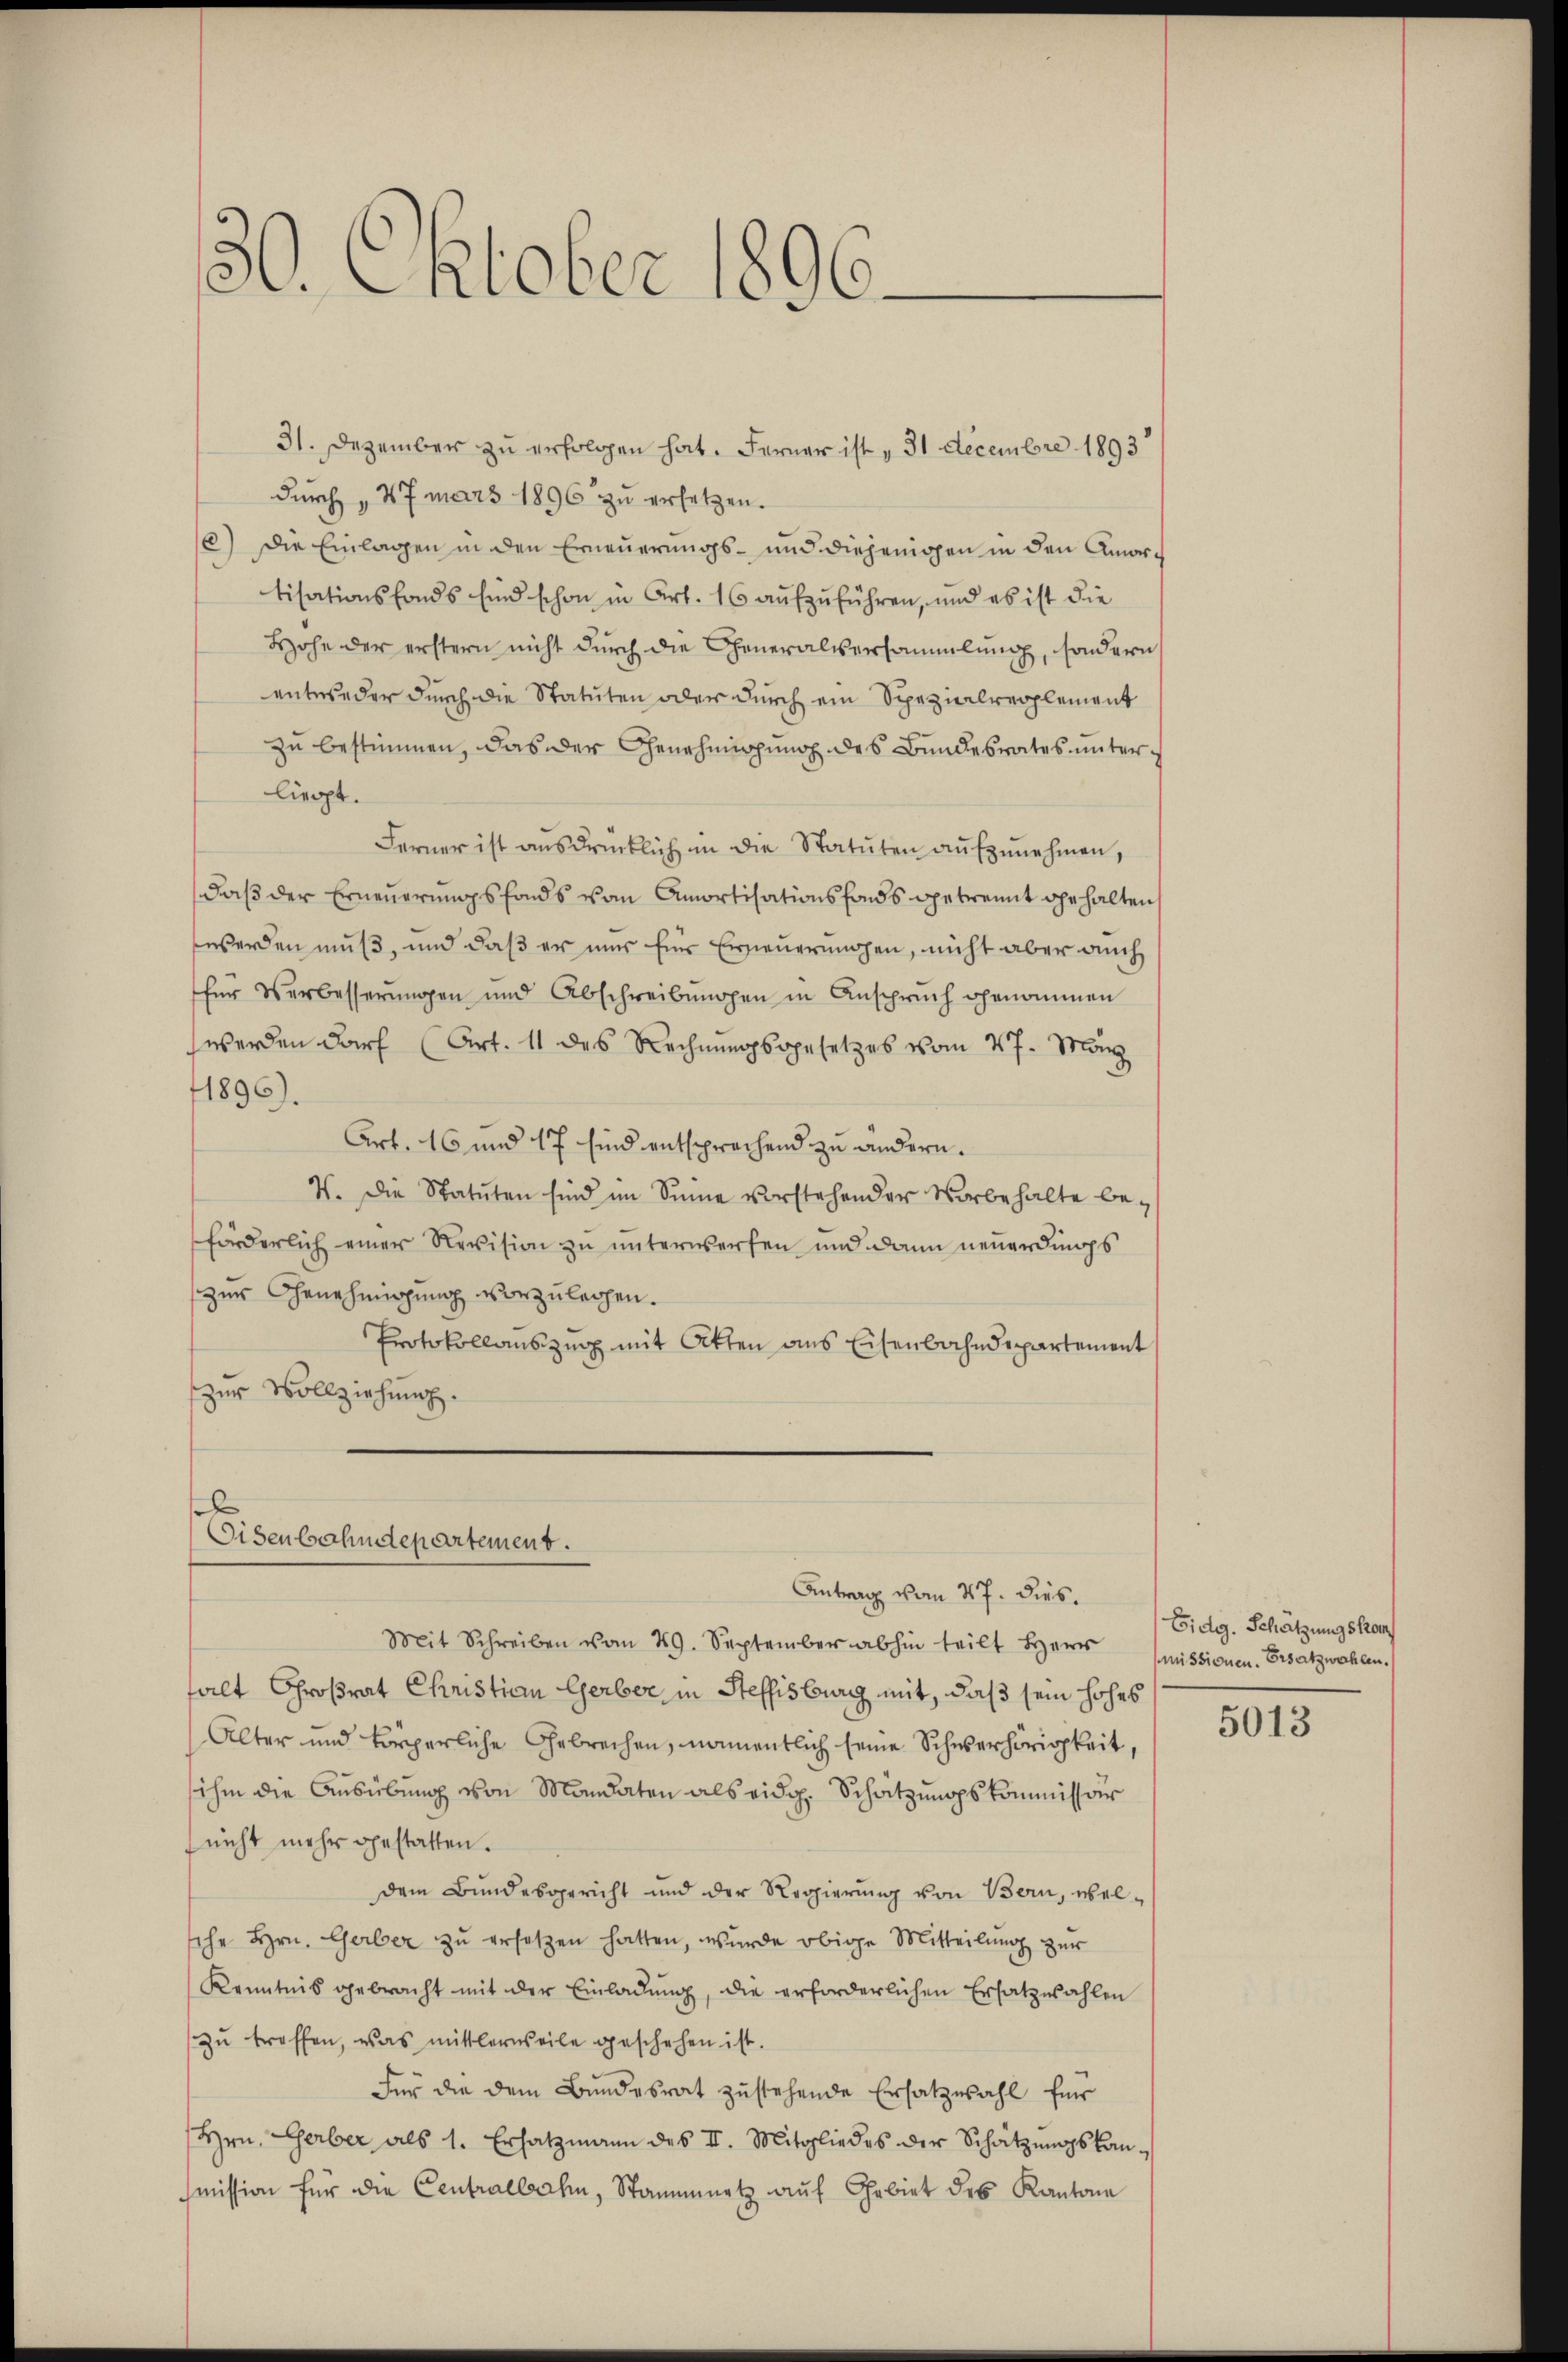
30. Oktober 1896.

31. Dezember zu erfolgen hat. Ferner ist „ 31 Decembre 1893
durch „47 mars 1896 zu ersetzen.
6.) Die Einlagen in den Erneuerungs- und diejenigen in den Amortisationsfonds Eid schon in Art. 16 aufzuführen, und es ist die
Hohe der erstern nicht durch die Generalversammlung, sondern
entweder durch die Statuten oder durch ein Spezialrepplement
zu bestimmen, das der Genehmigung des Bundesrates unterliegt.
Ferner ist ausdrücklich in die Statuten aufzunehmen,
daß der Erneuerungsfonds vom Amortisationsfonds betrennt gehalten
werden muß, und daß er nur für Erneuerungen, nicht aber auch
für Verbesserungen und Abschreibungen in Anspruch genommen
werden darf (Art. 11 des Rechnungsgesetzes vom 27. März
1896).
Art. 16 und 17 sind entsprechend zu ändern.
V. Die Statuten sind im Sinne vorstehender Vorbehalte be-
förderlich einer Revision zu unterwerfen und dann neuerdings
zur Genehmigung vorzulegen.
Protokollauszug mit Atten aus Eisenbahndepartement
zur Vollziehung.

l
Eisenbahndepartement.
Antrag vom 27. Dies.

Mit Schreiben vom 29. September abhin teilt Herr missionen. Ersatzwahlen.
falt Großrat Christian Gerber in Steffisburg mit, daß sein hohes
Alter und körperliche Gebrechen, namentlich seine Schwerhörigkeit,
ihm die Aŭsübŭng von Mandaten als eidg. Schätzungskommissär
nicht mehr gestatten.
dem Bundesgericht und der Regierung von Bern, welsche Hrn. Gerber zu ersetzen hatten, wurde obige Mitteilung zur
Kenntnis gebracht mit der Einladŭng, die erforderlichen Ersatzwahlen
zŭ treffen, was mittlerweile geschehen ist.
Für die dem Bundesrat zustehende Ersatzwahl für
Hrn. Gerber als 1. Ersatzmann des II. Mitgliedes der Schätzŭngskan-
smission für die Centralbahn, Stammnetz aŭf Gebiet des Kantone

Eidg. Schatzungskom

5013